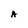
Character: A